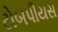
ટોબપીયસ